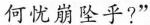
何忧崩坠乎?